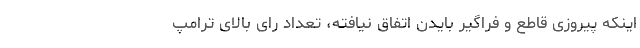
اینکه پیروزی قاطع و فراگیر بایدن اتفاق نیافته، تعداد رای بالای ترامپ